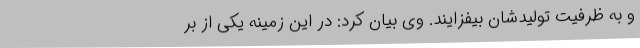
و به ظرفیت تولیدشان بیفزایند. وی بیان کرد: در این زمینه یکی از بر